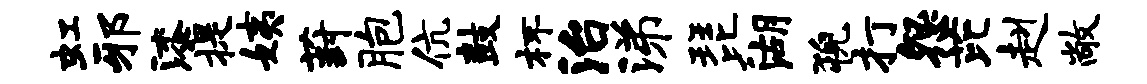
虹邪漆提姨葑胞伉鼓杯治涕琵湖猊打怨芘赳敞